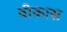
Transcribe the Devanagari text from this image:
वीकास